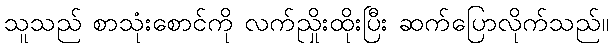
သူသည် စာသုံးစောင်ကို လက်ညှိုးထိုးပြီး ဆက်ပြောလိုက်သည်။